Annual report of the Punjab Veterinary College and of the Civil Veterinary Department, Punjab - 1926-1932
Year: 1926
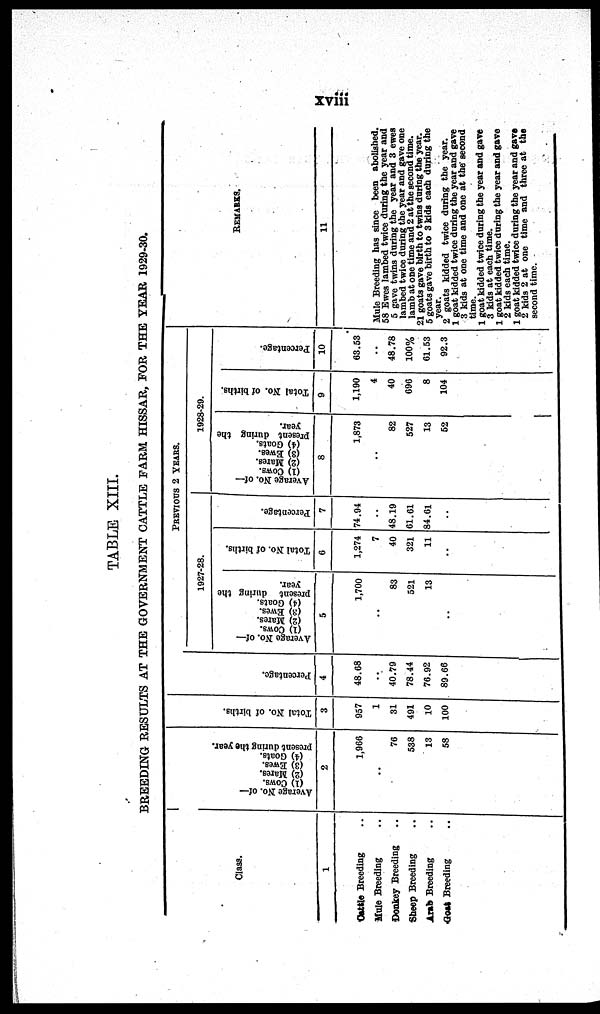
xviii
TABLE XIII.
BREEDING RESULTS AT THE GOVERNMENT CATTLE FARM HISSAR, FOR THE YEAR 1929-30.
Class.
1
Cattle Breeding …
Mule Breeding ..
Donkey Breeding ..
Sheep Breeding ..
Arab Breeding ..
Goat Breeding ..
Ave r
a ge No.
of—
(1) Cows .
(2)
Mar es .
(3)
Ewes .
(4)
Goat s .
present
dur i ng the year .
2
1,966
..
76
538
13
58
Tot al No. of bi rt hs.
3
957
1
31
491
10
100
Per cent age.
4
48.68
..
40.79
78.44
76.92
89.66
PREVIOUS 2 YEARS.
1927-28.
Average No. of—
(1) Cows.
(2) Mares.
(3) Ewes.
(4) Goats.
present during the
year.
5
1,700
..
83
521
13
..
Total No. of births.
6
1,274
7
40
321
11
..
Percentage.
7
74.94
..
48.19
61.61
84.61
..
1928-29.
Average No. of—
(1) Cows.
(2) Mares.
(3) Ewes.
(4) Goats.
present during the
year.
8
1,873
..
82
527
13
52
Total No. of births.
9
1,190
4
40
696
8
104
Percentage.
10
63.53
..
48.78
100%
61.53
92.3
REMARKS.
11
Mule Breeding has since been abolished.
58 Ewes lambed twice during the year and
5 gave twins daring the year and 3 ewes
lambed twice during the year and gave one
lamb at one time and 2 at the second time.
21 goats gave birth to twins during the year.
5 goats gave birth to 3 kids each during the
year.
2 goats kidded twice during the year.
1 goat kidded twice during the year and gave
3 kids at one time and one at the second
time.
1 goat kidded twice during the year and gave
3 kids at each time.
1 goat kidded twice daring the year and gave
2 kids each time.
1 goat kidded twice during the year and gave
2 kids 2 at one time and three at the
second time.